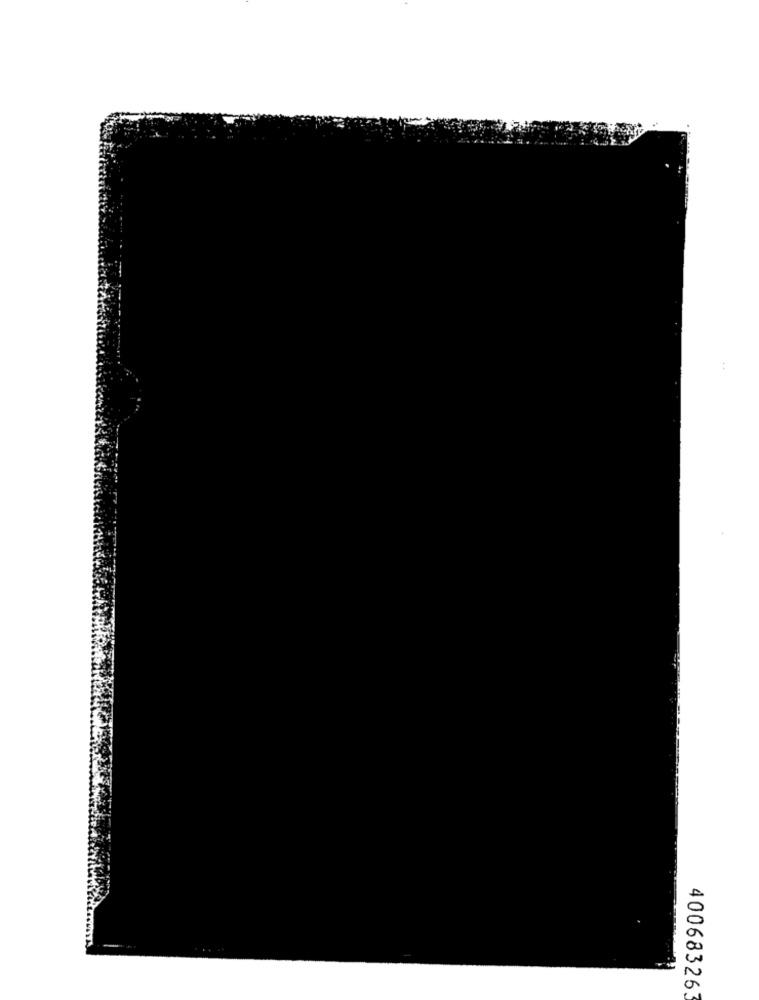
400683263